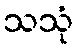
သသုံ